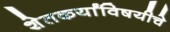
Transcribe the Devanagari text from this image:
शेतकर्यांविषयीचे